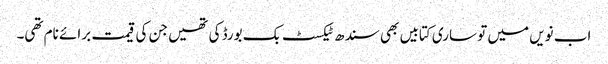
اب نویں میں تو ساری کتابیں بھی سندھ ٹیکسٹ بک بورڈ کی تھیں جن کی قیمت برائے نام تھی۔